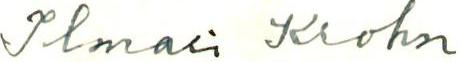
Ilmari Krohn